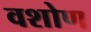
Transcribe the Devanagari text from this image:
वशोण